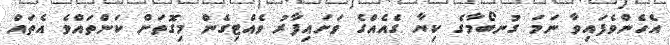
އެހެންވެފައިވާ ނަމަ ގުނބޯމާގެ ކިޔާ ގެއެއްގެ ވަށައިފާރު ވެއްޓިގެން މިގޮތަށް ކަންތައްވެ އެތައް